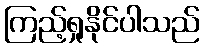
ကြည့်ရှုနိုင်ပါသည်